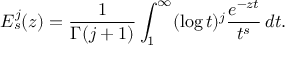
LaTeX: E _ { s } ^ { j } ( z ) = { \frac { 1 } { \Gamma ( j + 1 ) } } \int _ { 1 } ^ { \infty } ( \log t ) ^ { j } { \frac { e ^ { - z t } } { t ^ { s } } } \, d t .